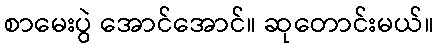
စာမေးပွဲ အောင်အောင်။ ဆုတောင်းမယ်။